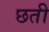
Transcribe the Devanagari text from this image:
छती